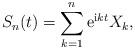
LaTeX: \begin{align*} S_{n}(t)=\sum_{k=1}^{n}\mathrm{e}^{\mathrm{i}kt}X_{k},\end{align*}